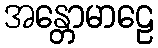
အန္တောမာဠေ